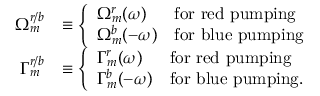
\begin{array} { r l } { \Omega _ { m } ^ { r / b } } & { \equiv \left\{ \begin{array} { l l } { \Omega _ { m } ^ { r } ( \omega ) } & { \mathrm { f o r ~ r e d ~ p u m p i n g } } \\ { \Omega _ { m } ^ { b } ( - \omega ) } & { \mathrm { f o r ~ b l u e ~ p u m p i n g } } \end{array} \right. } \\ { \Gamma _ { m } ^ { r / b } } & { \equiv \left\{ \begin{array} { l l } { \Gamma _ { m } ^ { r } ( \omega ) } & { \mathrm { f o r ~ r e d ~ p u m p i n g } } \\ { \Gamma _ { m } ^ { b } ( - \omega ) } & { \mathrm { f o r ~ b l u e ~ p u m p i n g . } } \end{array} \right. } \end{array}